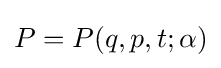
P=P(q,p,t;\alpha )